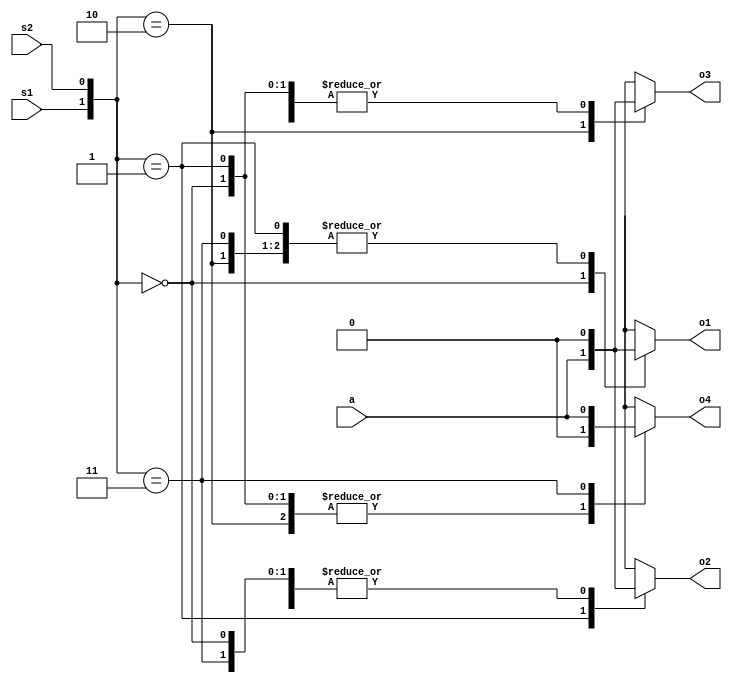
`timescale 1ns / 1ps
//////////////////////////////////////////////////////////////////////////////////
// Company: 
// Engineer: 
// 
// Design Name: 
// Module Name:    B1x4demux 
// Project Name: 
// Target Devices: 
// Tool versions: 
// Description: 
//
// Dependencies: 
//
// Revision: 
// Revision 0.01 - File Created
// Additional Comments: 
//
//////////////////////////////////////////////////////////////////////////////////
module B1x4demux(o1,o2,o3,o4,a,s1,s2
    );
input a,s1,s2;
output o1,o2,o3,o4;
reg o1,o2,o3,o4;
always@(s1,s2)
begin
case({s1,s2})
2'b00:begin o1=a;o2=1'b0;o3=1'b0;o4=1'b0; end
2'b01:begin o1=1'b0;o2=a;o3=1'b0;o4=1'b0; end
2'b10:begin o1=1'b0;o2=1'b0;o3=a;o4=1'b0; end
2'b11:begin o1=1'b0;o2=1'b0;o3=1'b0;o4=a; end
default:begin o1=1'bx;o2=1'bx;o3=1'bx;o4=1'bx;end
endcase
end
endmodule